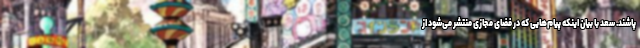
پاشند. سعد با بیان اینکه پیام‌هایی که در فضای مجازی منتشر می‌شود از